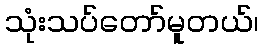
သုံးသပ်တော်မူတယ်၊